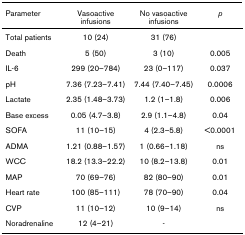
<table><thead><tr><td><b>Parameter</b></td><td><b>Vasoactive infusions</b></td><td><b>No vasoactive infusions</b></td><td><b><i>p</i></b></td></tr></thead><tbody><tr><td>Total patients</td><td>10 (24)</td><td>31 (76)</td><td></td></tr><tr><td>Death</td><td>5 (50)</td><td>3 (10)</td><td>0.005</td></tr><tr><td>IL-6</td><td>299 (20–784)</td><td>23 (0–117)</td><td>0.037</td></tr><tr><td>pH</td><td>7.36 (7.23–7.41)</td><td>7.44 (7.40–7.45)</td><td>0.0006</td></tr><tr><td>Lactate</td><td>2.35 (1.48–3.73)</td><td>1.2 (1–1.8)</td><td>0.006</td></tr><tr><td>Base excess</td><td>0.05 (4.7–3.8)</td><td>2.9 (1.1–4.8)</td><td>0.04</td></tr><tr><td>SOFA</td><td>11 (10–15)</td><td>4 (2.3–5.8)</td><td>&lt;0.0001</td></tr><tr><td>ADMA</td><td>1.21 (0.88–1.57)</td><td>1 (0.66–1.18)</td><td>ns</td></tr><tr><td>WCC</td><td>18.2 (13.3–22.2)</td><td>10 (8.2–13.8)</td><td>0.01</td></tr><tr><td>MAP</td><td>70 (69–76)</td><td>82 (80–90)</td><td>0.01</td></tr><tr><td>Heart rate</td><td>100 (85–111)</td><td>78 (70–90)</td><td>0.04</td></tr><tr><td>CVP</td><td>11 (10–12)</td><td>10 (9–14)</td><td>ns</td></tr><tr><td>Noradrenaline</td><td>12 (4–21)</td><td>-</td><td></td></tr></tbody></table>